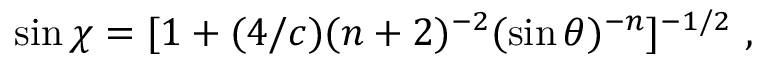
\sin \chi = [ 1 + ( 4 / c ) ( n + 2 ) ^ { - 2 } ( \sin \theta ) ^ { - n } ] ^ { - 1 / 2 } \ ,